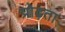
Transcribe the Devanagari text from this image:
प्रोढ़ता